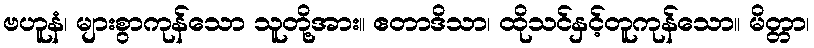
ဗဟူနံ၊ များစွာကုန်သော သူတို့အား။ ဧတာဒိသာ၊ ထိုသင်နှင့်တူကုန်သော။ မိတ္တာ၊